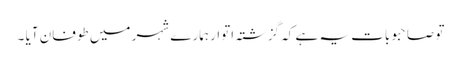
تو صاحبو بات یہ ہے کہ گزشتہ اتوار ہمارے شہر میں طوفان آیا ۔